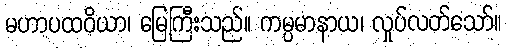
မဟာပထဝိယာ၊ မြေကြီးသည်။ ကမ္ပမာနာယ၊ လှုပ်လတ်သော်။